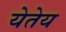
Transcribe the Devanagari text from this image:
येतेय